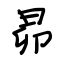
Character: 昴